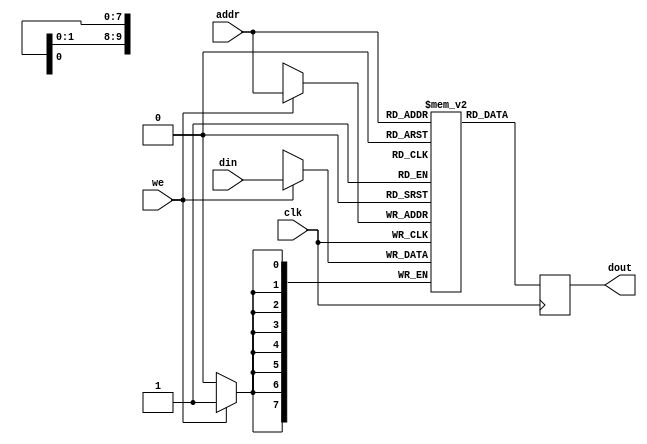
module Ram_sync(clk, addr, din, dout, we);
  parameter A = 10; // # of adress bits
  parameter D = 8;  // # of data bits

  input clk; 
  input [A-1:0] addr;
  input [D-1:0] din;
  output [D-1:0] dout;
  input we;

  reg [D-1:0] mem[0:(1<<A)-1];

  always @(posedge clk) begin
    if (we)                // if enabled
      mem[addr] <= din;    // write memory from din
    dout <= mem[addr];     // read memory from dout

  end

endmodule